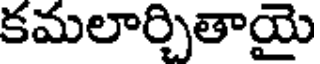
కమలార్చితాయై